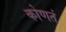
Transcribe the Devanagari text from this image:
कोणतं